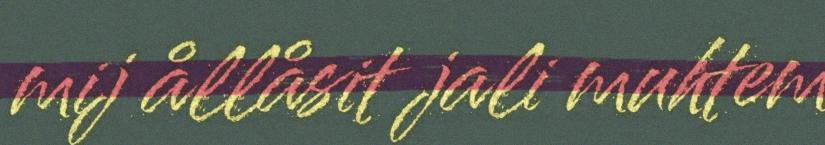
mij ållåsit jali muhtem